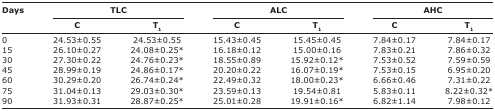
<table><thead><tr><td rowspan="3"><b>Days</b></td><td colspan="2"><b>TLC</b></td><td colspan="2"><b>ALC</b></td><td colspan="2"><b>AHC</b></td></tr><tr><td><b>C</b></td><td><b>T<sub>1</sub></b></td><td><b>C</b></td><td><b>T<sub>1</sub></b></td><td><b>C</b></td><td><b>T<sub>1</sub></b></td></tr></thead><tbody><tr><td>0</td><td>24.53±0.55</td><td>24.53±0.55</td><td>15.43±0.45</td><td>15.45±0.45</td><td>7.84±0.17</td><td>7.84±0.17</td></tr><tr><td>15</td><td>26.10±0.27</td><td>24.08±0.25*</td><td>16.18±0.12</td><td>15.00±0.16</td><td>7.83±0.21</td><td>7.86±0.32</td></tr><tr><td>30</td><td>27.30±0.22</td><td>24.76±0.23*</td><td>18.55±0.89</td><td>15.92±0.12*</td><td>7.53±0.52</td><td>7.59±0.59</td></tr><tr><td>45</td><td>28.99±0.19</td><td>24.86±0.17*</td><td>20.20±0.22</td><td>16.07±0.19*</td><td>7.53±0.15</td><td>6.95±0.20</td></tr><tr><td>60</td><td>30.29±0.20</td><td>26.74±0.24*</td><td>22.49±0.32</td><td>18.00±0.23*</td><td>6.66±0.46</td><td>7.31±0.22</td></tr><tr><td>75</td><td>31.04±0.13</td><td>29.03±0.30*</td><td>23.59±0.13</td><td>19.54±0.81</td><td>5.83±0.11</td><td>8.22±0.32*</td></tr><tr><td>90</td><td>31.93±0.31</td><td>28.87±0.25*</td><td>25.01±0.28</td><td>19.91±0.16*</td><td>6.82±1.14</td><td>7.98±0.12</td></tr></tbody></table>